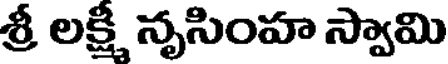
శ్రీ లక్షీ నృసింహ స్వామి